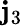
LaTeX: \mathbf{j}_{3}